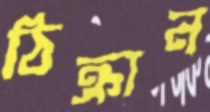
ঠিক্‌রান